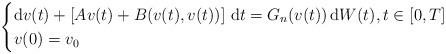
LaTeX: \begin{align*}\begin{cases}\displaystyle {\rm d}v(t)+ \left[Av(t) +B(v(t),v(t))\right]\,{\rm d}t = G_n(v(t))\, {\rm d}W(t), t \in \left[0,T\right] \\\displaystyle v(0)=v_0\end{cases}\end{align*}